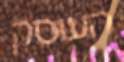
העוסק